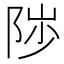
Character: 𱀒